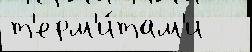
т'ерм'и́там'и